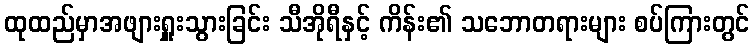
ထုထည်မှာအဖျားရှူးသွားခြင်း သီအိုရီနှင့် ကိန်း၏ သဘောတရားများ စပ်ကြားတွင်